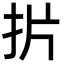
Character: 扸